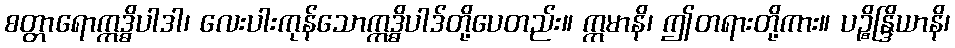
စတ္တာရောဣဒ္ဓိပါဒါ၊ လေးပါးကုန်သောဣဒ္ဓိပါဒ်တို့ပေတည်း။ ဣမာနိ၊ ဤတရားတို့ကား။ ပဉ္စိန္ဒြိယာနိ၊